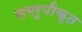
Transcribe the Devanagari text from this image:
समरूपीकृत